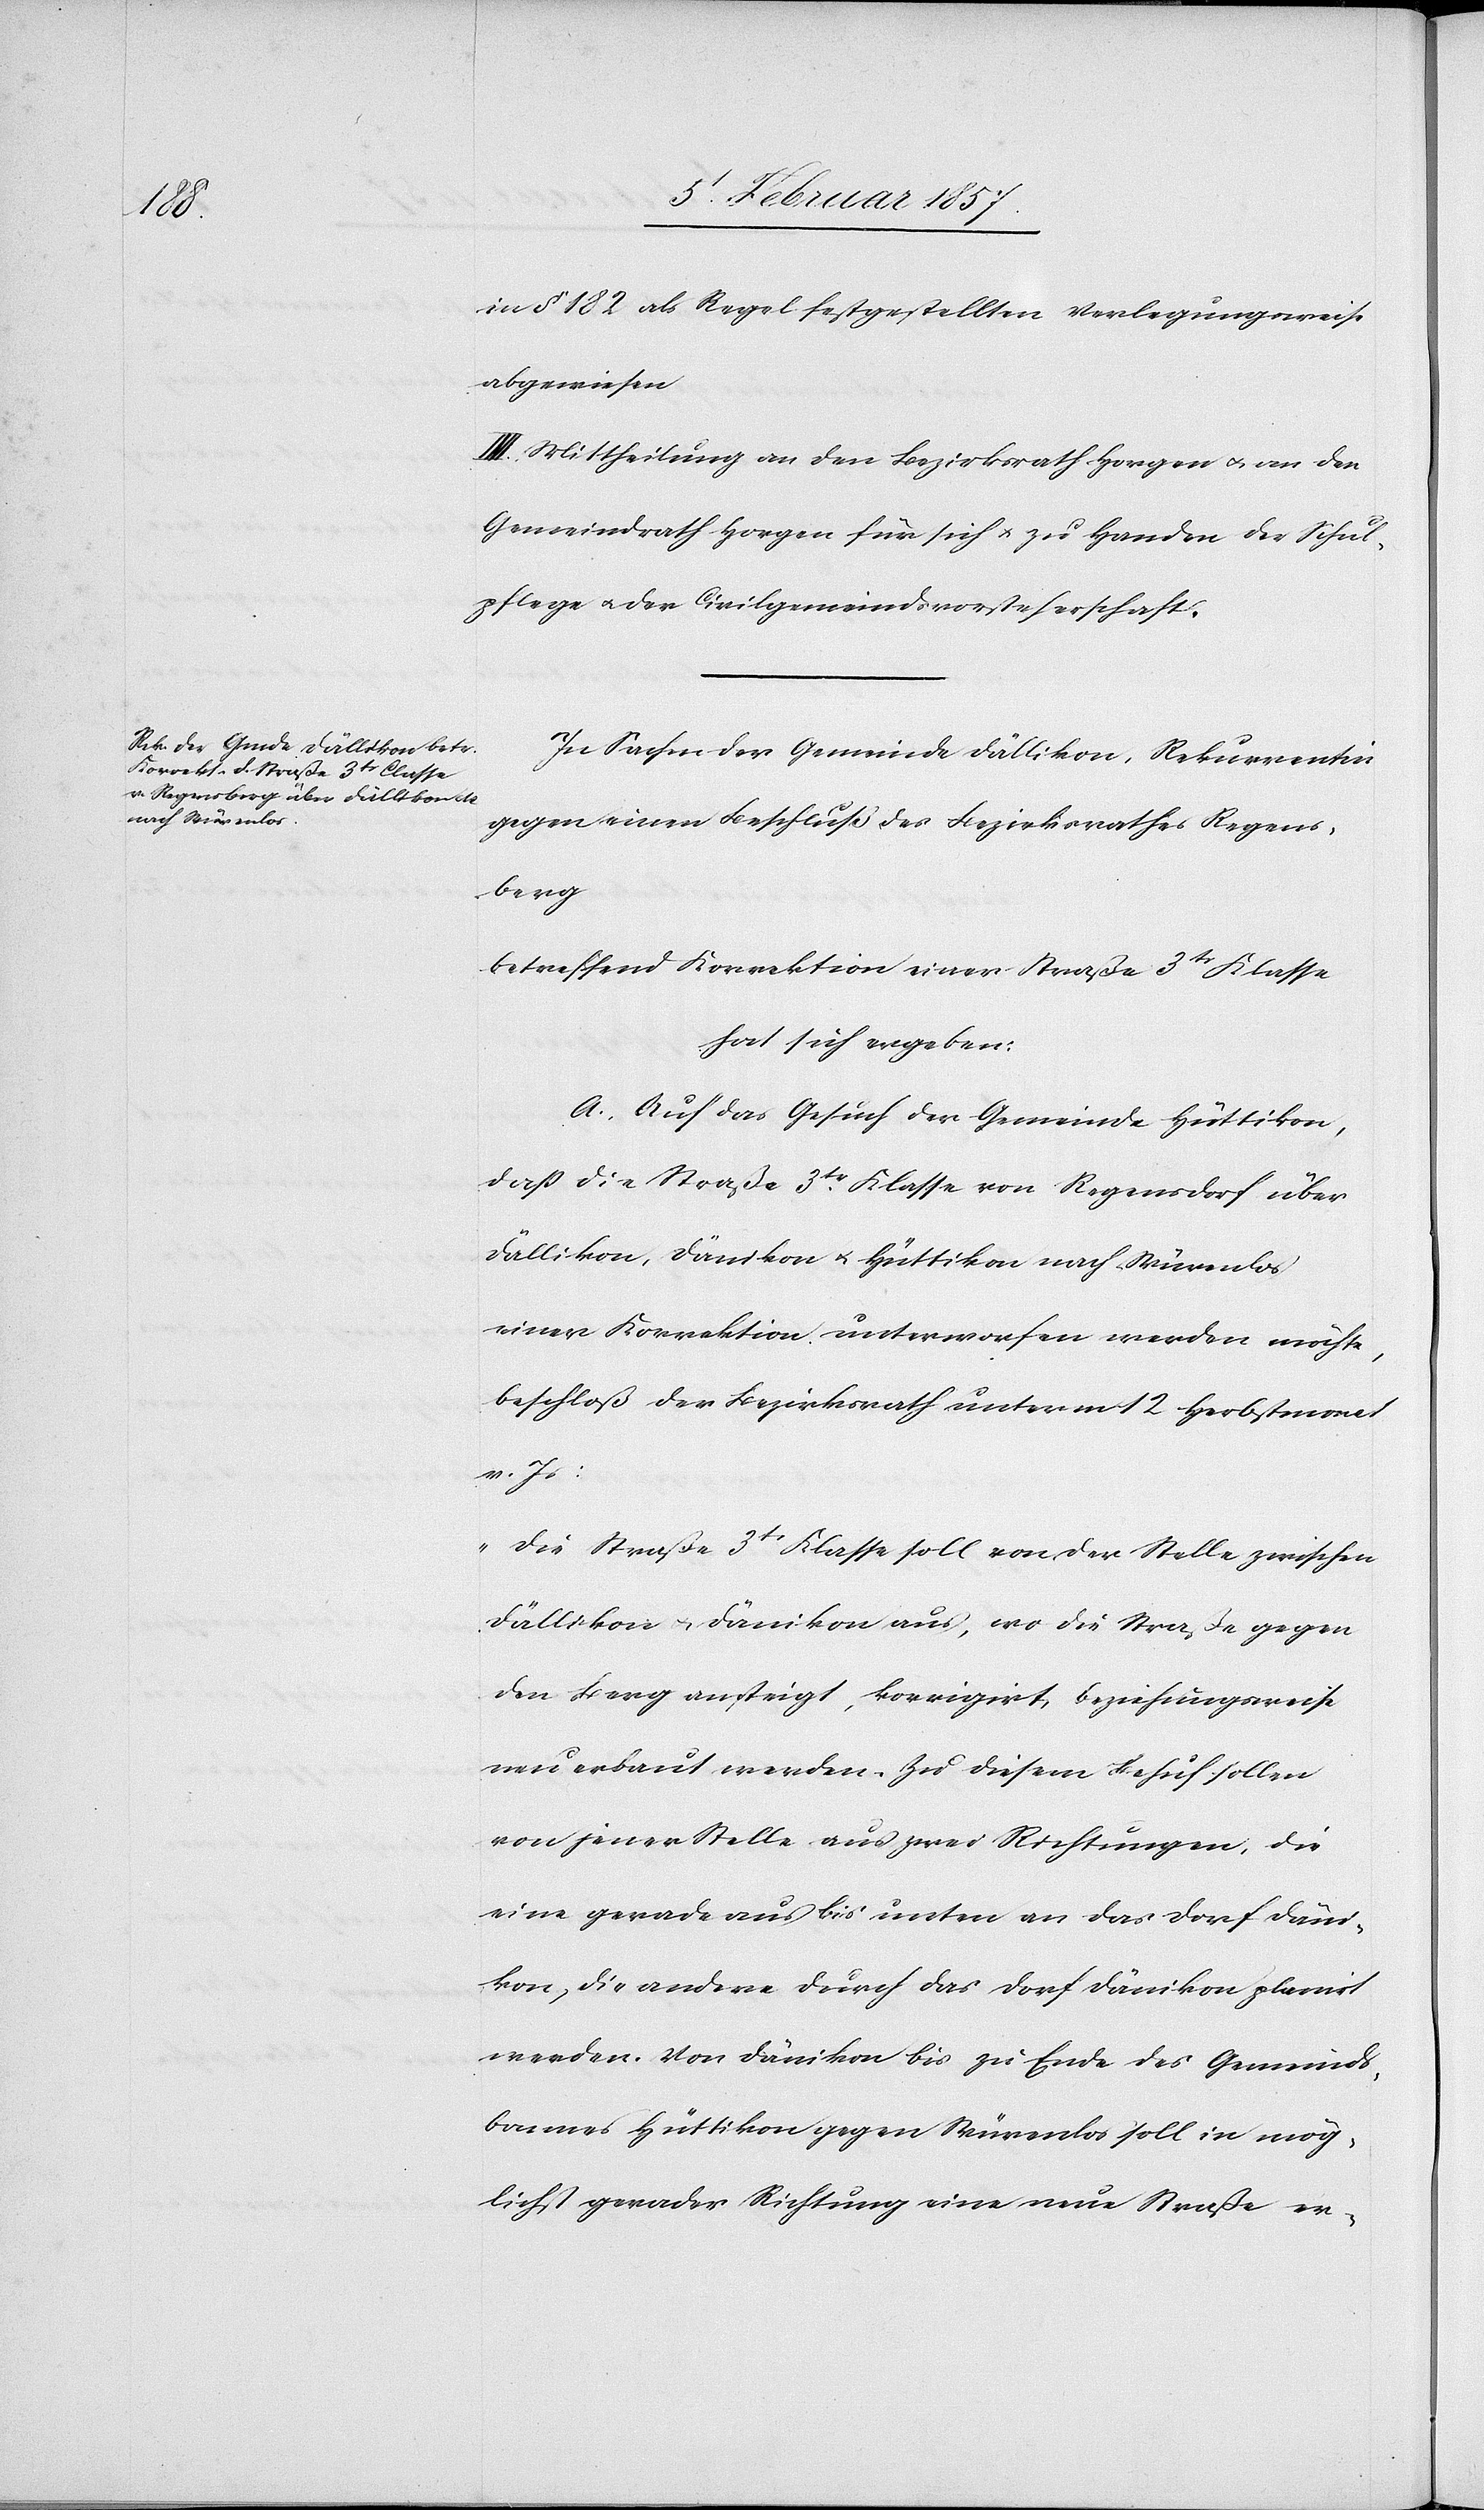
in § 182 als Regel festgestellten Verlegungsweise
abgewiesen
IV. Mittheilung an den Bezirksrath Horgen & an den
Gemeindrath Horgen für sich & zu Handen der Schul¬
pflege u. der Civilgemeindsvorsteherschaft.
In Sachen der Gemeinde Dällikon, Rekurrentin
gegen einen Beschluß des Bezirksrathes Regens¬
burg
betreffend Korrektion einer Straße 3tr Klasse
hat sich ergeben:
A. Auf das Gesuch der Gemeinde Hüttikon,
daß die Straße 3tr Klasse von Regensdorf über
Dällikon, Dänikon & Hüttikon nach Würenlos
einer Korrektion unterworfen werden möchte,
beschloß der Bezirksrath unterm 12 Herbstmonat
v. Js:
„Die Straße 3tr Klasse soll von der Stelle zwischen
Dällikon & Dänikon aus, wo die Straße gegen
den Berg ansteigt, korrigiert, beziehungsweise
neu erbaut werden. Zu diesem Behuf sollen
von jener Stelle aus zwei Richtungen, die
eine geradeaus bis unten an das Dorf Däni¬
kon, die andere durch das Dorf Dänikon planirt
werden. Von Dänikon bis zu Ende des Gemeinds¬
bannes Hüttikon gegen Würenlos soll in mög¬
lichst gerader Richtung einen neue Straße er-